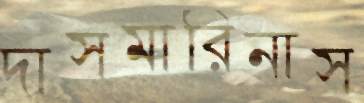
দাসমারিনাস